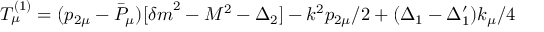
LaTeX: T _ { \mu } ^ { ( 1 ) } = ( p _ { 2 \mu } - { \bar { P } } _ { \mu } ) [ { \delta m } ^ { 2 } - M ^ { 2 } - \Delta _ { 2 } ] - k ^ { 2 } p _ { 2 \mu } / 2 + ( \Delta _ { 1 } - \Delta _ { 1 } ^ { \prime } ) k _ { \mu } / 4